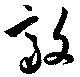
敲